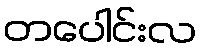
တပေါင်းလ